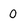
Character: 0